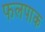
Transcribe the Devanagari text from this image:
फलपाक